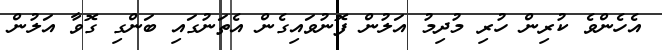
އެހެންވެ ކުރިން ހުރި މުދިމު އަލުން ފޮނުވައިގެން އެތަނުގައި ބަންގި ގޮވާ އަލުން